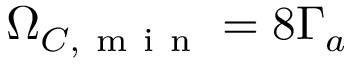
\Omega _ { C , \mathrm { ~ m ~ i ~ n ~ } } = 8 \Gamma _ { a }